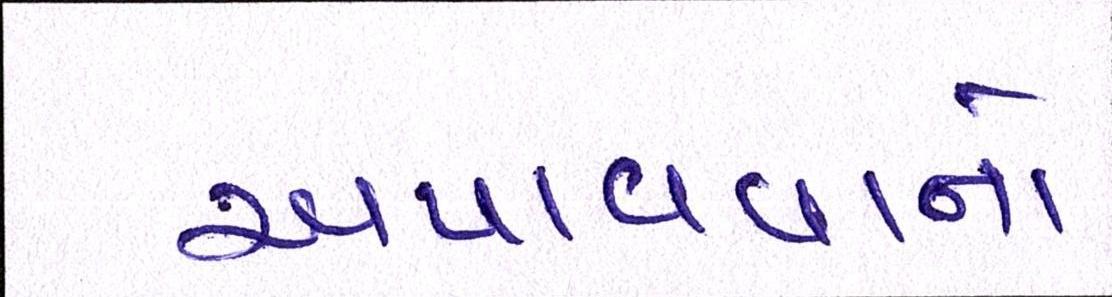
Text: અપાવવાનો